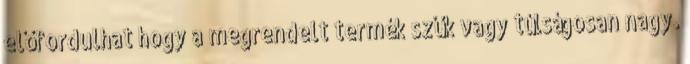
előfordulhat hogy a megrendelt termék szűk vagy túlságosan nagy.